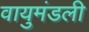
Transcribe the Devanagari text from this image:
वायुमंडली